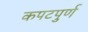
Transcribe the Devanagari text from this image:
कपटपुर्ण